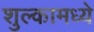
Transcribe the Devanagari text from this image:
शुल्कामध्ये